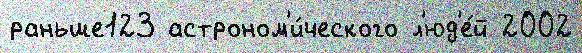
раньше123 астроном'и́ческого л'юд'е́й 2002